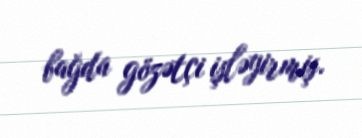
bağda gözətçi işləyirmiş.